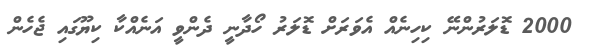
2000 ޑޮލަރުންނޭ ކިހިނެއް އެވަރަށް ޑޮލަރު ހޯދާނީ ދެންވީ އަނެއްކާ ކިޔޫގައި ޖެހެން